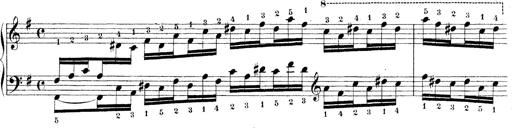
Title: Technische Studien
Composer: Franz Liszt